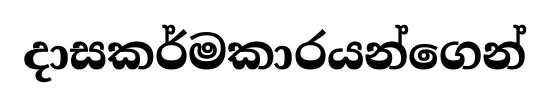
දාසකර්මකාරයන්ගෙන්